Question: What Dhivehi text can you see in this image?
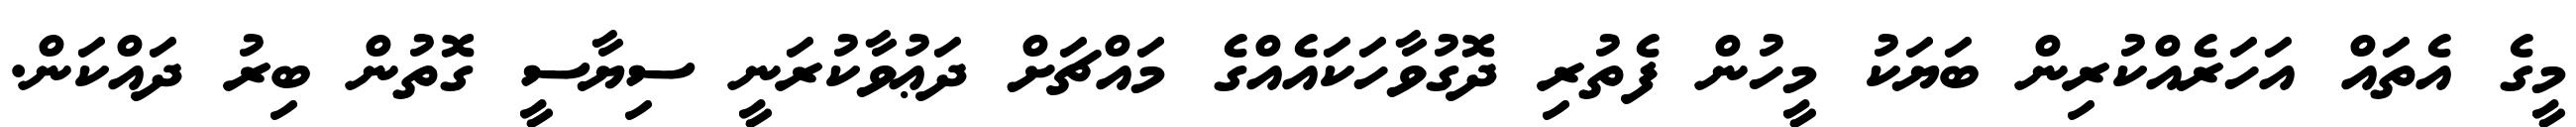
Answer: މީގެ އެތައް އަހަރެއްކުރިން ބަޔަކު މީހުން ފެތުރި ދޮގުވާހަކައެއްގެ މައްޗަށް ދަޢުވާކުރަނީ ސިޔާސީ ގޮތުން ބިރު ދައްކަން.